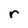
Character: r